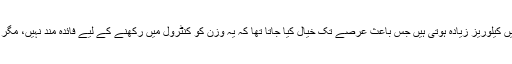
گریاں ان سچور ٹیڈ فیٹس ،وٹامنز ،منرلز اور فائبر سے بھر پور ہوتی ہیں مگر ان میں کیلوریز زیادہ ہوتی ہیں جس باعث عرصے تک خیال کیا جاتا تھا کہ یہ وزن کو کنٹرول میں رکھنے کے لیے فائدہ مند نہیں، مگر اب مسلسل ایسے شواہد سامنے آرہے ہیں کہ غذائی معیار بھی مقدار جتنا اہم ہوتاہے۔